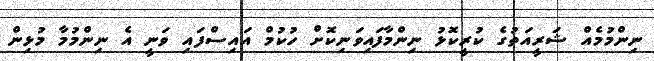
ނިންމުމެއް ޝަރީއަތުގެ ކުރީކޮޅު ނިންމާފައިވަނިކޮށް ހުކުމް އައިސްފައި ވަނީ އެ ނިންމުމާ މުޅިން